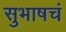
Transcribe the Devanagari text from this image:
सुभाषचं